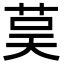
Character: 茣